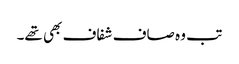
تب وہ صاف شفاف بھی تھے۔